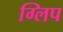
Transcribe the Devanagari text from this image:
ग्लिप